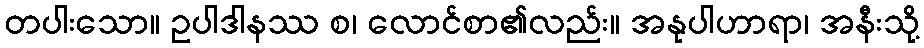
တပါးသော။ ဥပါဒါနဿ စ၊ လောင်စာ၏လည်း။ အနုပါဟာရာ၊ အနီးသို့